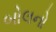
બોલનો